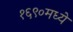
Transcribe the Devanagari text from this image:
१६९०मध्ये